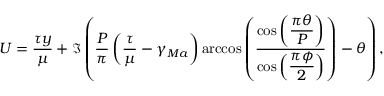
U = \frac { \tau y } { \mu } + \Im \left( \frac { P } { \pi } \left( \frac { \tau } { \mu } - \gamma _ { M a } \right) \operatorname { a r c c o s } \left( \frac { \cos \left( \displaystyle \frac { \pi \theta } { P } \right) } { \cos \left( \displaystyle \frac { \pi \phi } { 2 } \right) } \right) - \theta \right) ,